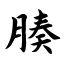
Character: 腠